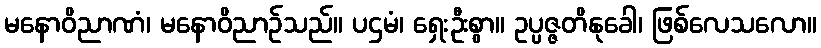
မနောဝိညာဏံ၊ မနောဝိညာဉ်သည်။ ပဌမံ၊ ရှေးဦးစွာ။ ဥပ္ပဇ္ဇတိနုခေါ၊ ဖြစ်လေသလော။